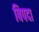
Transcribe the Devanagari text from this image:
बिपदा